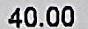
40.00